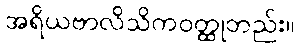
အရိယဗာလိသိကဝတ္ထုတည်း။